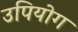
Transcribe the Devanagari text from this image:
उपियोग